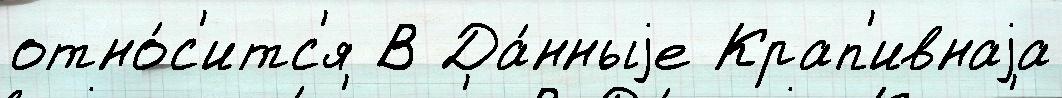
отно́с'итс'я В Да́нныjе Крап'ивнаjа